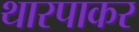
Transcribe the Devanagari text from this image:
थारपाकर